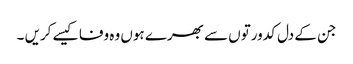
جن کے دل کدورتوں سے بھرے ہوں وہ وفا کیسے کریں ۔